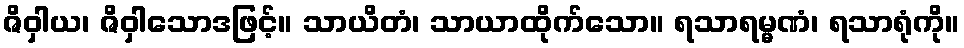
ဇိဝှါယ၊ ဇိဝှါသောဒဖြင့်။ သာယိတံ၊ သာယာထိုက်သော။ ရသာရမ္မဏံ၊ ရသာရုံကို။